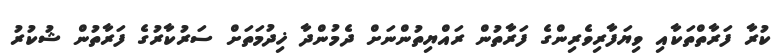
ކުރާ ފަރާތްތަކާއި ވިޔަފާރިވެރިންގެ ފަރާތުން ރައްޔިތުންނަށް ދެމުންދާ ޚިދުމަތަށް ސަރުކާރުގެ ފަރާތުން ޝުކުރު